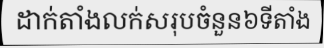
ដាក់តាំងលក់សរុបចំនួន៦ទីតាំង